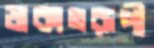
ডাকাতরূপী